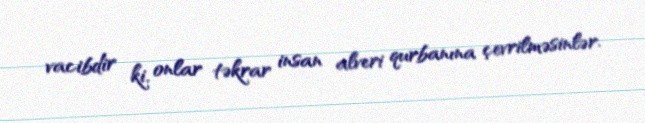
vacibdir ki, onlar təkrar insan alveri qurbanına çevrilməsinlər.